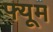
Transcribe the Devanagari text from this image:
फ्यूम